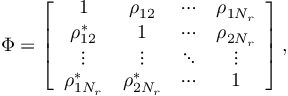
\boldsymbol { \Phi } = \left[ \begin{array} { c c c c } { 1 } & { \rho _ { 1 2 } } & { \cdots } & { \rho _ { 1 N _ { r } } } \\ { \rho _ { 1 2 } ^ { * } } & { 1 } & { \cdots } & { \rho _ { 2 N _ { r } } } \\ { \vdots } & { \vdots } & { \ddots } & { \vdots } \\ { \rho _ { 1 N _ { r } } ^ { * } } & { \rho _ { 2 N _ { r } } ^ { * } } & { \cdots } & { 1 } \end{array} \right] ,